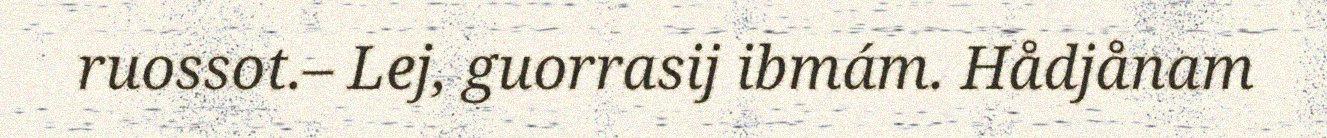
ruossot.– Lej, guorrasij ibmám. Hådjånam